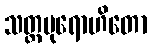
သတ္တပုရောဟိတော